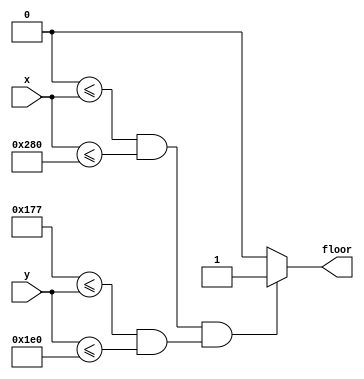
`timescale 1ns / 1ps
//////////////////////////////////////////////////////////////////////////////////
// Company: 
// Engineer: 
// 
// Design Name: 
// Module Name: draw_floor
// Project Name: 
// Target Devices: 
// Tool Versions: 
// Description: 
// 
// Dependencies: 
// 
// Revision:
// Revision 0.01 - File Created
// Additional Comments:
// 
//////////////////////////////////////////////////////////////////////////////////


module draw_floor(
    input [9:0] x,
    input [9:0] y,
    output floor
    );
    
    reg isFloor;
    
    always @(*)
        if ((0 <= x && x <= 640) && (375 <= y && y <= 480)) isFloor = 1;
        else isFloor = 0;
    
    assign floor = isFloor;
    
endmodule